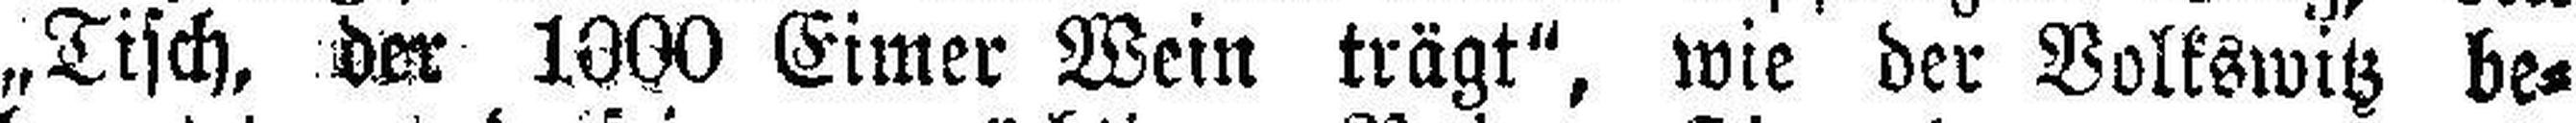
„Tisch, der 1000 Eimer Wein trägt", wie der Volkswitz be¬